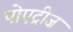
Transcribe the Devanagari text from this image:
पोएट्रीज़